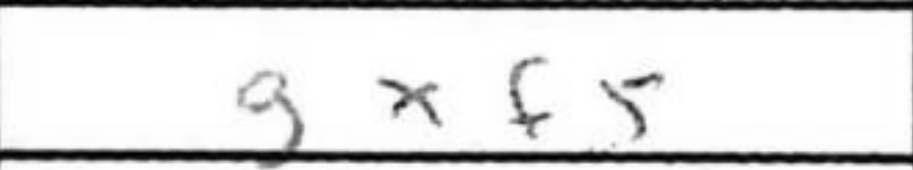
Transcription: gxf5